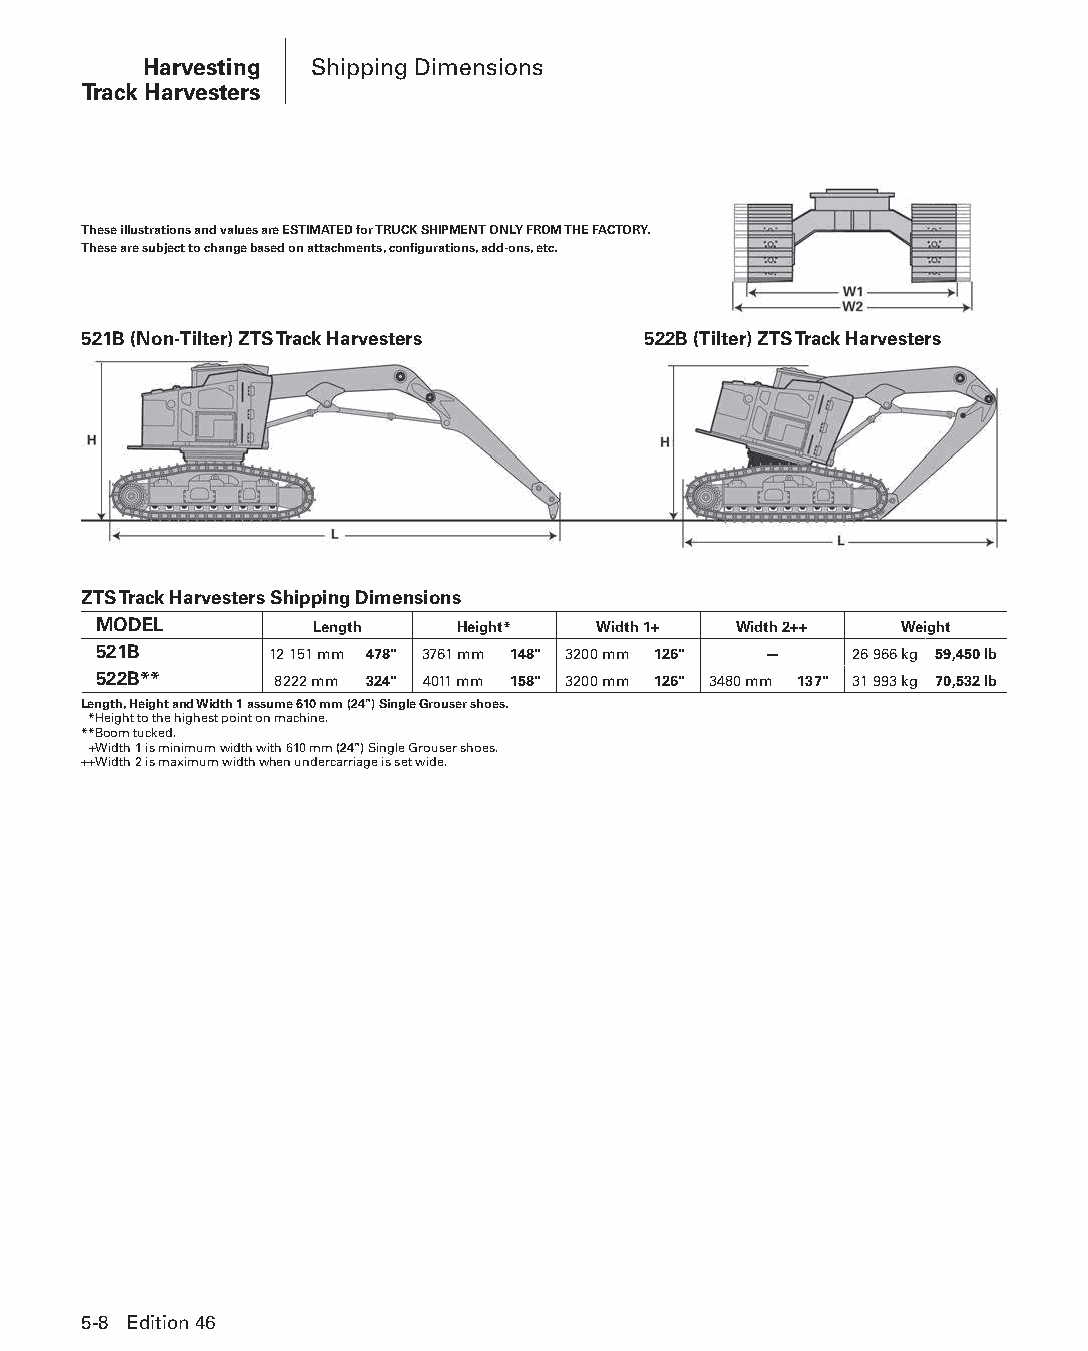
Harvesting Shipping Dimensions
 Track Harvesters
 These illustrations and values are ESTIMATED for TRUCK SHIPMENT ONLY FROM THE FACTORY.
 These are subject to change based on attachments, configurations, add-ons, etc.
 521B (Non-Tilter) ZTS Track Harvesters 522B (Tilter) ZTS Track Harvesters
 ZTS Track Harvesters Shipping Dimensions
 MODEL         Length    Height*  Width 1+ Width 2++  Weight
 521B       12 151 mm 478" 3761 mm 148" 3200 mm 126" — 26 966 kg 59,450 lb
 522B**      8222 mm 324" 4011 mm 158" 3200 mm 126" 3480 mm 137" 31 993 kg 70,532 lb
 Length, Height and Width 1 assume 610 mm (24") Single Grouser shoes.
 **Height to the highest point on machine.
 **Boom tucked.
 ++Width 1 is minimum width with 610 mm (24") Single Grouser shoes.
 ++Width 2 is maximum width when undercarriage is set wide.
 5-8 Edition 46
 PPHHBB--SSeecc0055--1166..iinndddd 88                          1122//44//1155 22::1188 PPMM